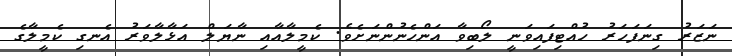
ނަޒަރު ގިނަފަހަރު ހުއްޓިފައިވަނީ ލޯބިވާ އަންހެނުންނަށެވެ. ކެމީލާއާއި ނާޔަލް އަޅާލާވަރު އެނގި ކެމީލާގެ